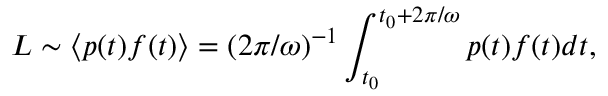
L \sim \langle p ( t ) f ( t ) \rangle = ( 2 \pi / \omega ) ^ { - 1 } \int _ { t _ { 0 } } ^ { t _ { 0 } + 2 \pi / \omega } p ( t ) f ( t ) d t ,